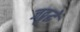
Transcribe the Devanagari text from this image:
जद्बुद्धे